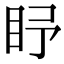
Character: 𥄛